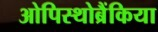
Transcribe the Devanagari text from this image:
ओपिस्थोब्रैंकिया